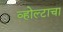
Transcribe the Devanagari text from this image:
व्होल्टाचा